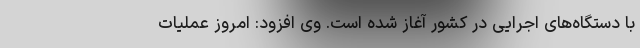
با دستگاه‌های اجرایی در کشور آغاز شده است. وی افزود: امروز عملیات